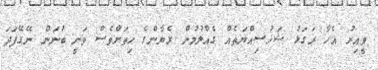
ވީއިރު އެހާ ރަގަޅު ޝަޚުސިއްޔަތެއް ގެއްލުމުން ރެޔާންގެ ހިތަށްވެސް ވަނީ ބުނަން ނޭގޭފަދަ